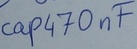
Text: cap470nF